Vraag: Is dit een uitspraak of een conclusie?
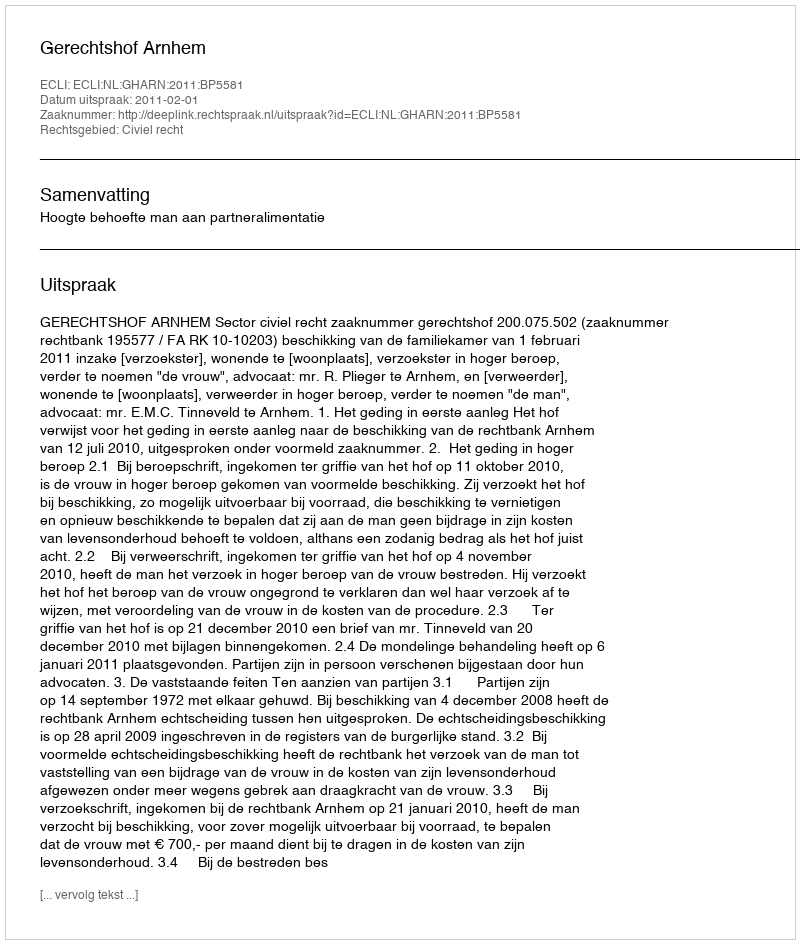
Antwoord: Uitspraak